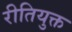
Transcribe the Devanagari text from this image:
रीतियुक्त